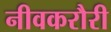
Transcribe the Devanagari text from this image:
नीवकरौरी